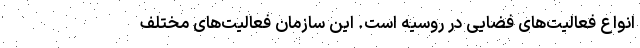
انواع فعالیت‌های فضایی در روسیه است. این سازمان فعالیت‌های مختلف